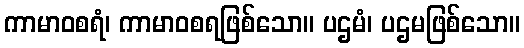
ကာမာဝစရံ၊ ကာမာဝစရဖြစ်သော။ ပဌမံ၊ ပဌမဖြစ်သော။